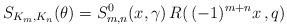
LaTeX: \begin{align*}S_{K_m,K_n}(\theta)= S^0_{m,n}(x,\gamma)\, R(\,(-1)^{m+n}x\,,q)\,\end{align*}